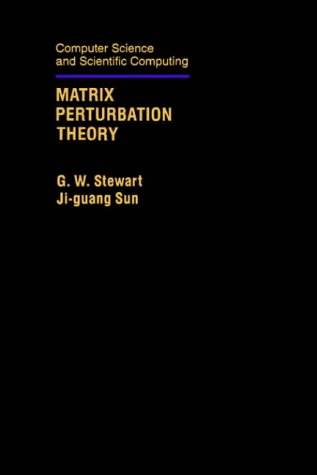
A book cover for Matrix Perturbation Theory (Computer Science and Scientific Computing); G. W. Stewart; Science & Math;